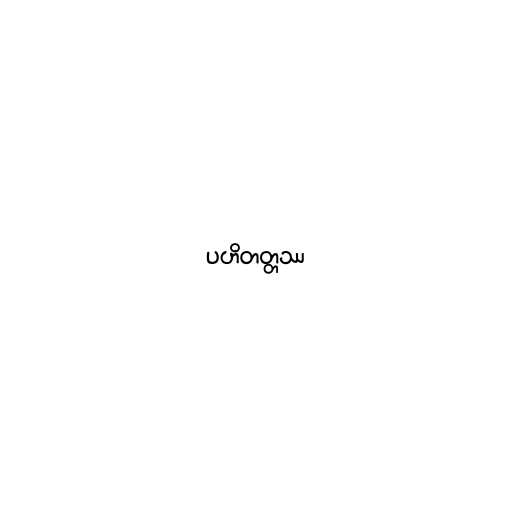
ပဟိတတ္တဿ